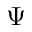
\Psi